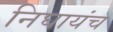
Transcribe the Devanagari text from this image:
निघायंच